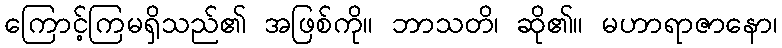
ကြောင့်ကြမရှိသည်၏ အဖြစ်ကို။ ဘာသတိ၊ ဆို၏။ မဟာရာဇာနော၊